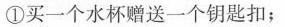
①买一个水杯赠送一个钥匙扣；